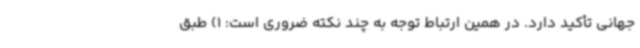
جهانی تأکید دارد. در همین ارتباط توجه به چند نکته ضروری است: 1) طبق